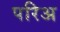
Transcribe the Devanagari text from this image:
परिअ